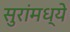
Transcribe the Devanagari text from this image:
सुरांमध्ये